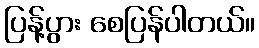
ပြန့်ပွား စေပြန်ပါတယ်။